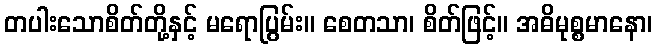
တပါးသောစိတ်တို့နှင့် မရောပြွမ်း။ စေတသာ၊ စိတ်ဖြင့်။ အဓိမုစ္စမာနော၊